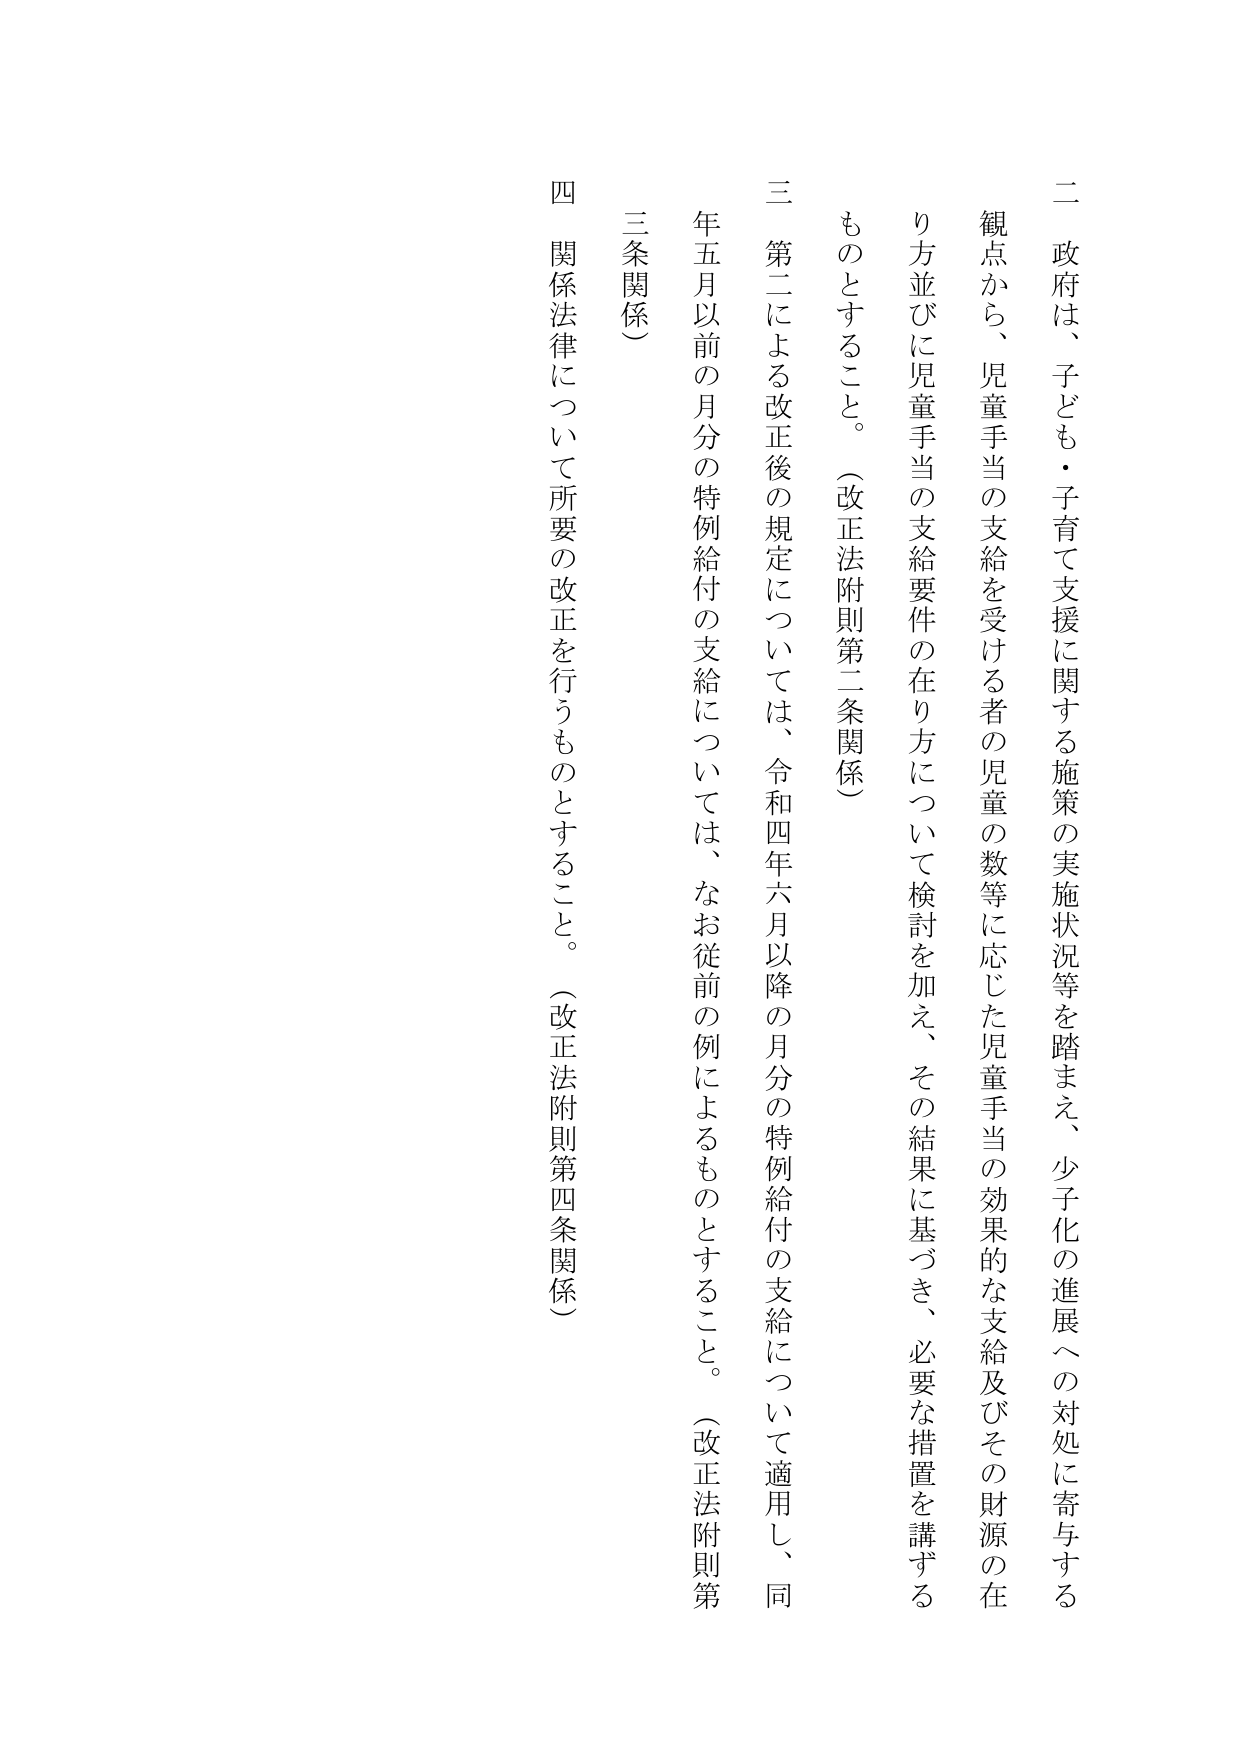
二 政府は、子ども・子育て支援に関する施策の実施状況等を踏まえ、少子化の進展への対処に寄与する観点から、児童手当の支給を受ける者の児童の数等に応じた児童手当の効果的な支給及びその財源の在り方並びに児童手当の支給要件の在り方について検討を加え、その結果に基づき、必要な措置を講ずるものとすること。（改正法附則第二条関係）

三 第二による改正後の規定については、令和四年六月以降の月分の特例給付の支給について適用し、同年五月以前の月分の特例給付の支給については、なお従前の例によるものとすること。（改正法附則第三条関係）

四 関係法律について所要の改正を行うものとすること。（改正法附則第四条関係）